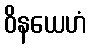
ဝိနယေဟံ